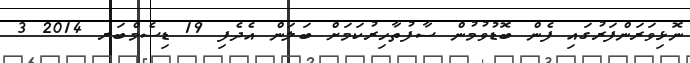
ނޮޅިވަރަންފަރުގައި ފެން ބޮޑުވުމުން ސާފުތާހިރުކަމަށް ބަލަން އެދެފި 19 ޑިސެމްބަރ 2014 3